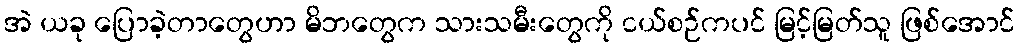
အဲ ယခု ပြောခဲ့တာတွေဟာ မိဘတွေက သားသမီးတွေကို ငယ်စဉ်ကပင် မြင့်မြတ်သူ ဖြစ်အောင်